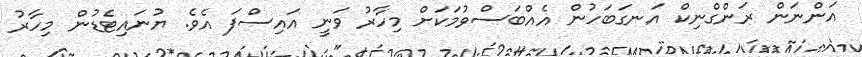
އަންނަން ރަންގްނިކް އަނގަބަހުން އެއްބަސްވުމަކަށް މިހާރު ވަނީ އައިސްފަ އެވެ. ޔުނައިޓެޑުން މިހާރު